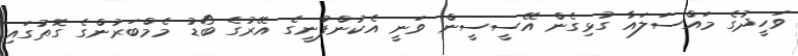
ވަހީދުގެ މައްސަލައާ ގުޅިގެން އޭސީސީން ވަނީ އެކުންފުނީގެ އޭރުގެ ބޯޑު މެމްބަރުންގެ ގޮތުގައި